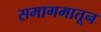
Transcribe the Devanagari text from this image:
समागमातून